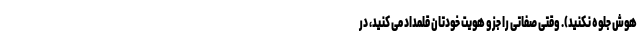
هوش جلوه نکنید). وقتی صفاتی را جزو هویت خودتان قلمداد می کنید، در